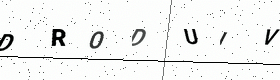
Text: DRODUIV